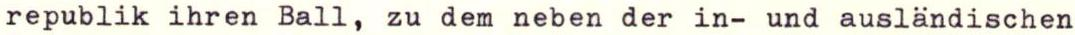
republik ihren Ball, zu dem neben der in- und ausländischen